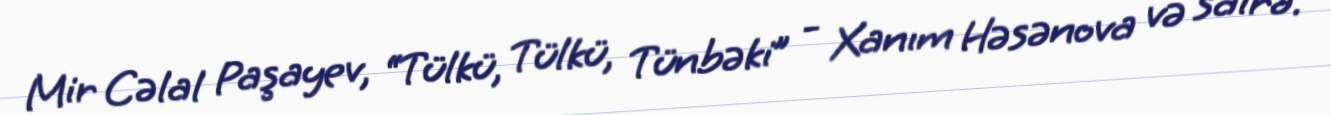
Mir Cəlal Paşayev, “Tülkü, Tülkü, Tünbəki” - Xanım Həsənova və sairə.